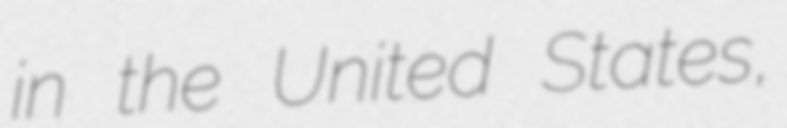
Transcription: in the United States,